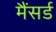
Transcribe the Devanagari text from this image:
मैंसर्ड